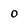
Character: o